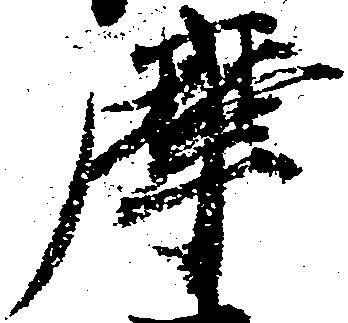
摩